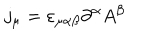
LaTeX: j _ { \mu } = \varepsilon _ { \mu \alpha \beta } \partial ^ { \alpha } A ^ { \beta }